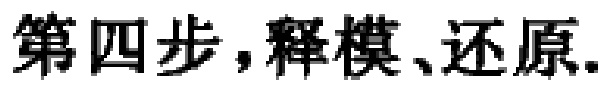
第四步，释模、还原.